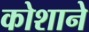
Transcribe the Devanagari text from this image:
कोशाने